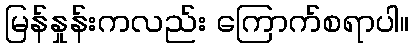
မြန်နှုန်းကလည်း ကြောက်စရာပါ။